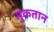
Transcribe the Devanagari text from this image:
मुकतान